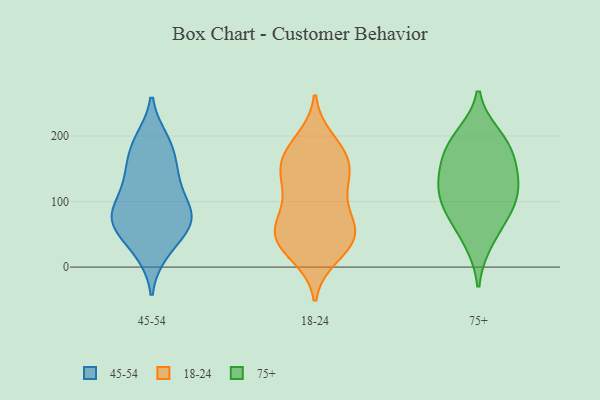
{"axis": {"x": "Net Income (USD K)", "y": "Value"}, "legend": ["18-24", "45-54", "75+"], "data": [{"x": "", "y": 71, "type": "45-54"}, {"x": "", "y": 193, "type": "45-54"}, {"x": "", "y": 179, "type": "45-54"}, {"x": "", "y": 23, "type": "45-54"}, {"x": "", "y": 75, "type": "45-54"}, {"x": "", "y": 137, "type": "45-54"}, {"x": "", "y": 137, "type": "45-54"}, {"x": "", "y": 53, "type": "45-54"}, {"x": "", "y": 79, "type": "45-54"}, {"x": "", "y": 94, "type": "45-54"}, {"x": "", "y": 183, "type": "18-24"}, {"x": "", "y": 42, "type": "18-24"}, {"x": "", "y": 21, "type": "18-24"}, {"x": "", "y": 47, "type": "18-24"}, {"x": "", "y": 51, "type": "18-24"}, {"x": "", "y": 67, "type": "18-24"}, {"x": "", "y": 121, "type": "18-24"}, {"x": "", "y": 63, "type": "18-24"}, {"x": "", "y": 154, "type": "18-24"}, {"x": "", "y": 145, "type": "18-24"}, {"x": "", "y": 17, "type": "18-24"}, {"x": "", "y": 172, "type": "18-24"}, {"x": "", "y": 102, "type": "18-24"}, {"x": "", "y": 194, "type": "18-24"}, {"x": "", "y": 43, "type": "18-24"}, {"x": "", "y": 170, "type": "18-24"}, {"x": "", "y": 130, "type": "18-24"}, {"x": "", "y": 147, "type": "18-24"}, {"x": "", "y": 48, "type": "18-24"}, {"x": "", "y": 87, "type": "18-24"}, {"x": "", "y": 85, "type": "75+"}, {"x": "", "y": 105, "type": "75+"}, {"x": "", "y": 128, "type": "75+"}, {"x": "", "y": 39, "type": "75+"}, {"x": "", "y": 148, "type": "75+"}, {"x": "", "y": 199, "type": "75+"}, {"x": "", "y": 178, "type": "75+"}, {"x": "", "y": 130, "type": "75+"}, {"x": "", "y": 81, "type": "75+"}, {"x": "", "y": 186, "type": "75+"}]}